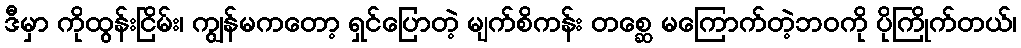
ဒီမှာ ကိုထွန်းငြိမ်း၊ ကျွန်မကတော့ ရှင်ပြောတဲ့ မျက်စိကန်း တစ္ဆေ မကြောက်တဲ့ဘဝကို ပိုကြိုက်တယ်၊